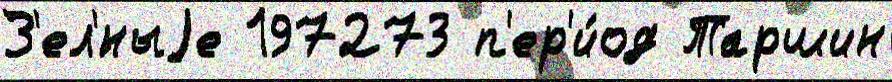
З'ел'́ныjе 197273 п'ер'и́од Таршин